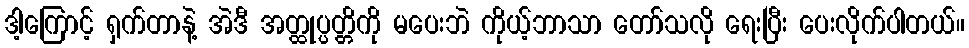
ဒါ့ကြောင့် ရှက်တာနဲ့ အဲဒီ အတ္ထုပ္ပတ္တိကို မပေးဘဲ ကိုယ့်ဘာသာ တော်သလို ရေးပြီး ပေးလိုက်ပါတယ်။